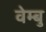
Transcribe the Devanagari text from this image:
वेम्बु